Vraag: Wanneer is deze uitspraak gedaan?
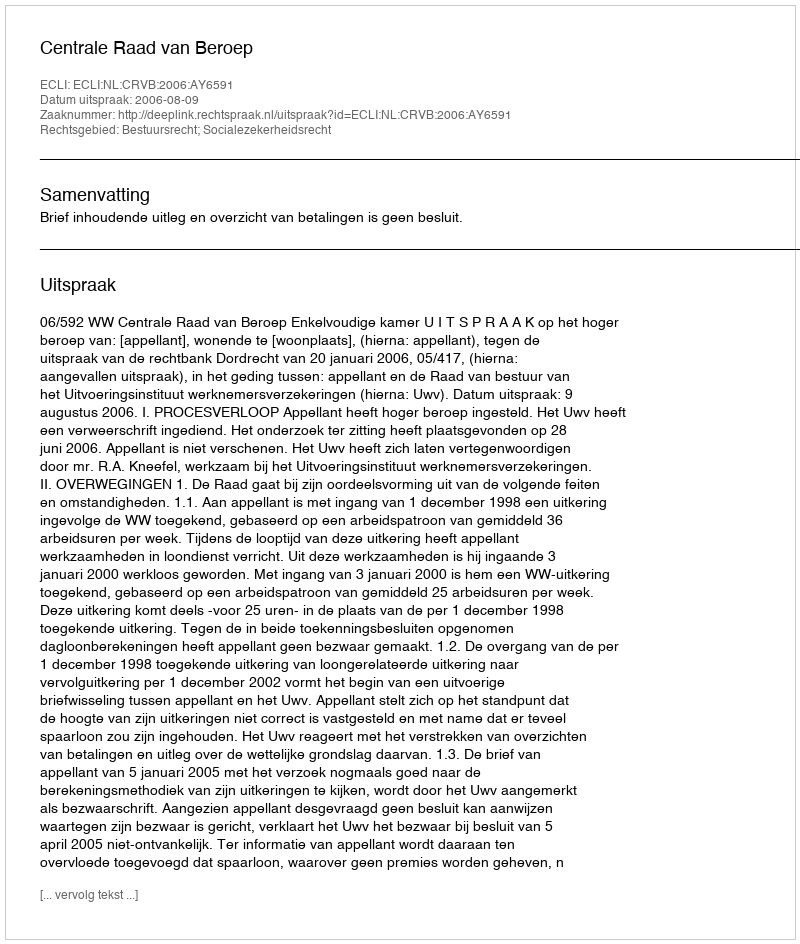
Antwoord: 2006-08-09